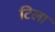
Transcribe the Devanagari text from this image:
टिला